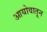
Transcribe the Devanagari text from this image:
आयोवातून